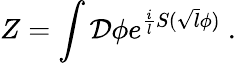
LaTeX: Z=\int{\cal D}\phi e^{{\frac{i}{l}}S(\sqrt{l}\phi)}~.